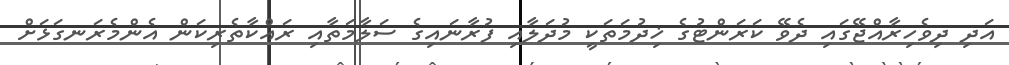
އަދި ދިވެހިރާއްޖޭގައި ދެވޭ ކަރަންޓުގެ ޚިދުމަތަކީ މުދަލާއި ފުރާނައިގެ ސަލާމަތާއި ރައްކާތެރިކަން އެންމެރަނގަޅަށް